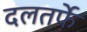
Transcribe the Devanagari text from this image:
दलतर्फे